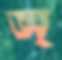
অ্